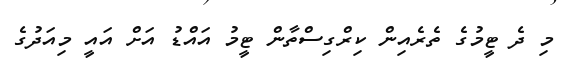
މި ދެ ޓީމުގެ ތެރެއިން ކިރްގިސްތާން ޓީމު އައްޑު އަށް އައީ މިއަދުގެ